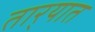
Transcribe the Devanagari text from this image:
तार्‍यात